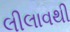
લીલાવથી